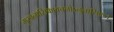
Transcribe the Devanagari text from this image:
मुखनासिकावचनोऽनुनासिकः।